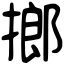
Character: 𢲲